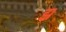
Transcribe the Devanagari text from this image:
झ्र